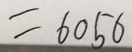
= 6 0 5 6